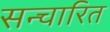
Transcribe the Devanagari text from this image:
सन्चारित